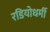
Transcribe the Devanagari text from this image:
रडियोधर्मी